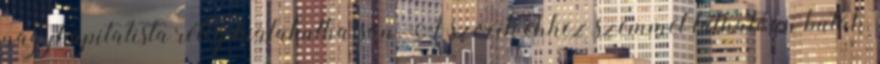
nagykapitalista réteg kialakulhasson. A szocik ehhez szemmel láthatóan buták,